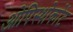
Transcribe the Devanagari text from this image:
ओपिस्थोकोंट